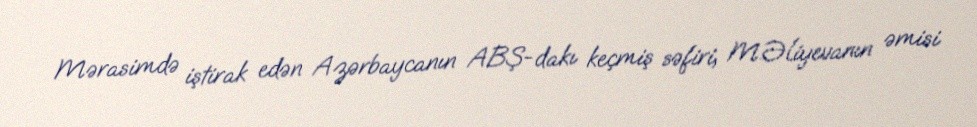
Mərasimdə iştirak edən Azərbaycanın ABŞ-dakı keçmiş səfiri, M.Əliyevanın əmisi